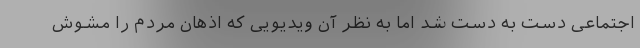
اجتماعی دست به دست شد اما به‌ نظر آن ویدیویی که اذهان مردم را مشوش